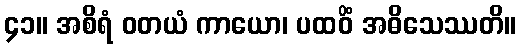
၄၁။ အစိရံ ဝတယံ ကာယော၊ ပထဝိံ အဓိသေဿတိ။